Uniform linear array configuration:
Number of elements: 32
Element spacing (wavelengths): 1
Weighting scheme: hamming
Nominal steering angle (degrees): -30
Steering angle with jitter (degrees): -29.886
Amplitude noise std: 0.05
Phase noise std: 0.05

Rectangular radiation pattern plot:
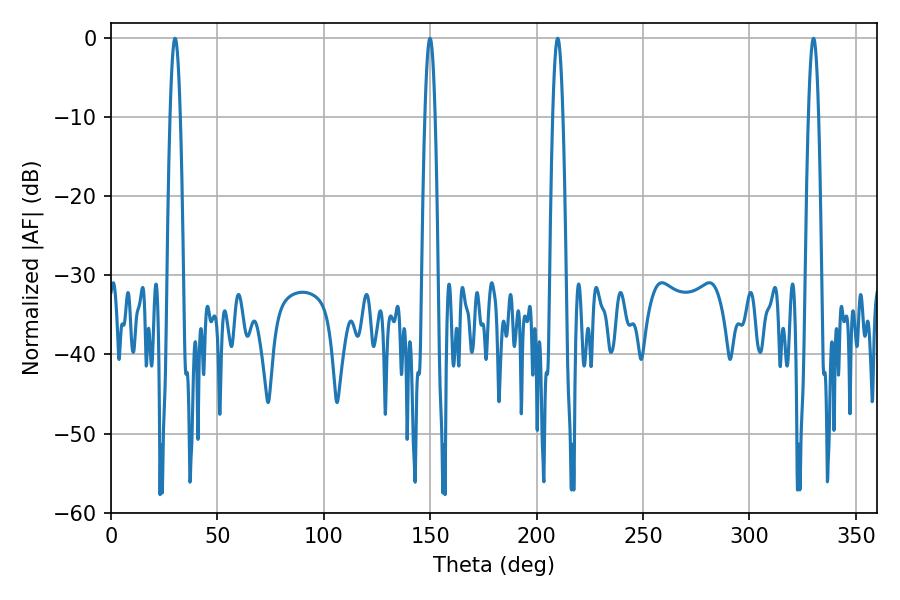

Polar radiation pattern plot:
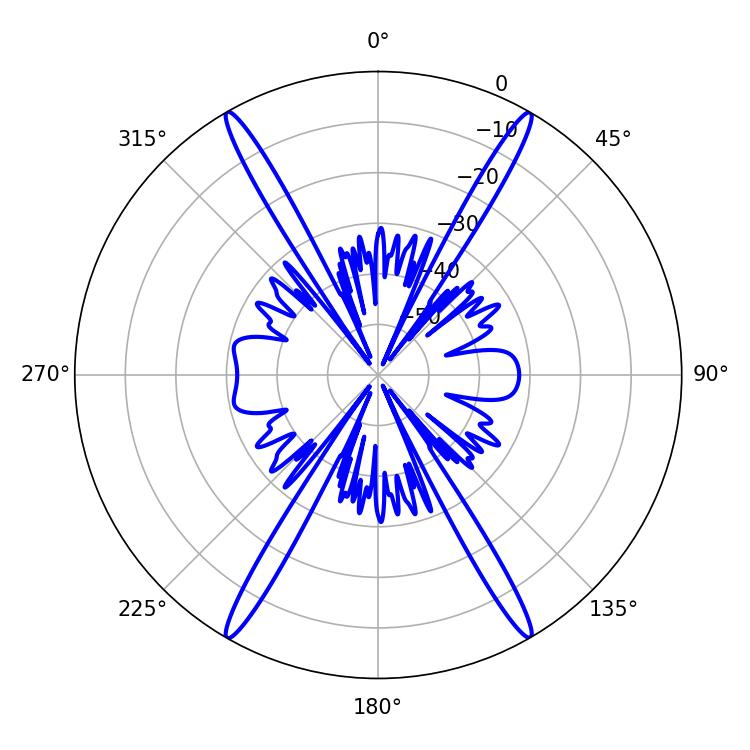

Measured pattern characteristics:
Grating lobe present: TRUE
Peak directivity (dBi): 40.095
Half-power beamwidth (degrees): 2.52
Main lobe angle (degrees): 209.88